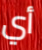
أي